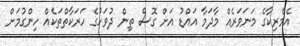
އެމެރިކާގެ މަނަވަރެއް މާދަމާ އައްޑު އަށް ގޮސް ތިން ދުވަހުގެ ހަރަކާތްތަކެއް ހިންގުމަށް